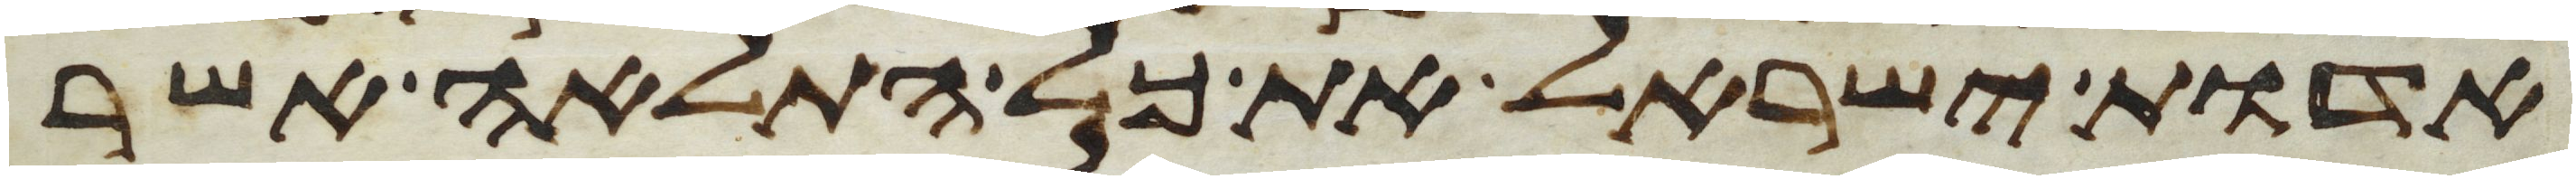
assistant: אדות ישראל את כל התלאה אשר